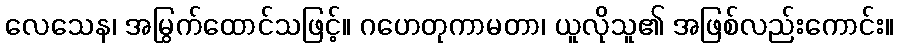
လေသေန၊ အမြွက်ထောင်သဖြင့်။ ဂဟေတုကာမတာ၊ ယူလိုသူ၏ အဖြစ်လည်းကောင်း။